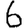
Digit: 6